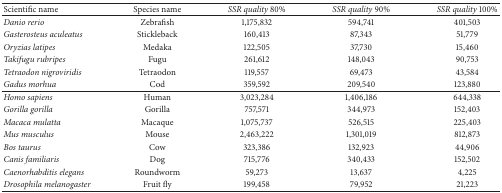
<table><thead><tr><td><b>Scientific name</b></td><td><b>Species name</b></td><td><b><i>SSR quality</i> 80%</b></td><td><b><i>SSR quality</i> 90%</b></td><td><b><i>SSR quality</i> 100%</b></td></tr></thead><tbody><tr><td><i>Danio rerio </i></td><td>Zebrafish</td><td>1,175,832</td><td>594,741</td><td>401,503</td></tr><tr><td><i>Gasterosteus aculeatus </i></td><td>Stickleback</td><td>160,413</td><td>87,343</td><td>51,779</td></tr><tr><td><i>Oryzias latipes </i></td><td>Medaka</td><td>122,505</td><td>37,730</td><td>15,460</td></tr><tr><td><i>Takifugu rubripes </i></td><td>Fugu</td><td>261,612</td><td>148,043</td><td>90,753</td></tr><tr><td><i>Tetraodon nigroviridis </i></td><td>Tetraodon</td><td>119,557</td><td>69,473</td><td>43,584</td></tr><tr><td><i>Gadus morhua </i></td><td>Cod</td><td>359,592</td><td>209,540</td><td>123,880</td></tr><tr><td><i>Homo sapiens </i></td><td>Human</td><td>3,023,284</td><td>1,406,186</td><td>644,338</td></tr><tr><td><i>Gorilla gorilla </i></td><td>Gorilla</td><td>757,571</td><td>344,973</td><td>152,403</td></tr><tr><td><i>Macaca mulatta </i></td><td>Macaque</td><td>1,075,737</td><td>526,515</td><td>225,403</td></tr><tr><td><i>Mus musculus </i></td><td>Mouse</td><td>2,463,222</td><td>1,301,019</td><td>812,873</td></tr><tr><td><i>Bos taurus </i></td><td>Cow</td><td>323,386</td><td>132,923</td><td>44,906</td></tr><tr><td><i>Canis familiaris </i></td><td>Dog</td><td>715,776</td><td>340,433</td><td>152,502</td></tr><tr><td><i>Caenorhabditis elegans </i></td><td>Roundworm</td><td>59,273</td><td>13,637</td><td>4,225</td></tr><tr><td><i>Drosophila melanogaster </i></td><td>Fruit fly</td><td>199,458</td><td>79,952</td><td>21,223</td></tr></tbody></table>